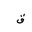
Letter: _qaf